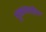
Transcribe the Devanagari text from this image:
मुक्ताबाईचा